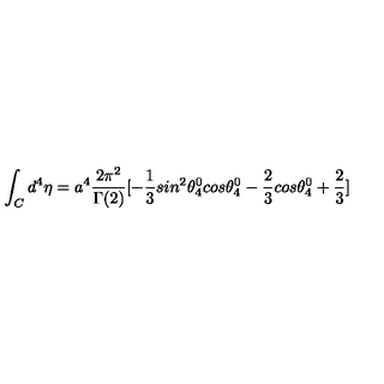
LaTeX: \int _ { C } { d ^ { 4 } } { \eta } = a ^ { 4 } \frac { 2 \pi ^ { 2 } } { \Gamma ( 2 ) } [ - \frac { 1 } { 3 } s i n ^ { 2 } \theta _ { 4 } ^ { 0 } c o s \theta _ { 4 } ^ { 0 } - \frac { 2 } { 3 } c o s \theta _ { 4 } ^ { 0 } + \frac { 2 } { 3 } ]